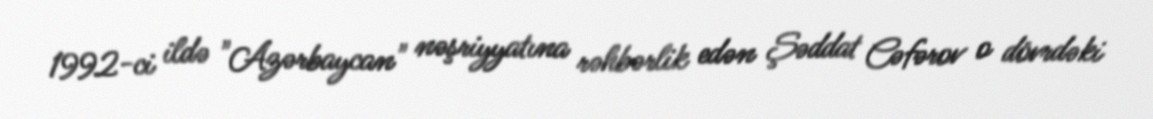
1992-ci ildə "Azərbaycan" nəşriyyatına rəhbərlik edən Şəddat Cəfərov o dövrdəki